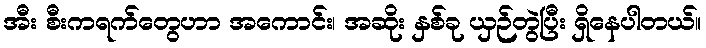
အီး စီးကရက်တွေဟာ အကောင်း၊ အဆိုး နှစ်ခု ယှဉ်တွဲပြီး ရှိနေပါတယ်။